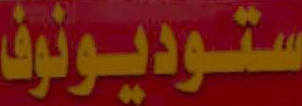
ستوديونوف